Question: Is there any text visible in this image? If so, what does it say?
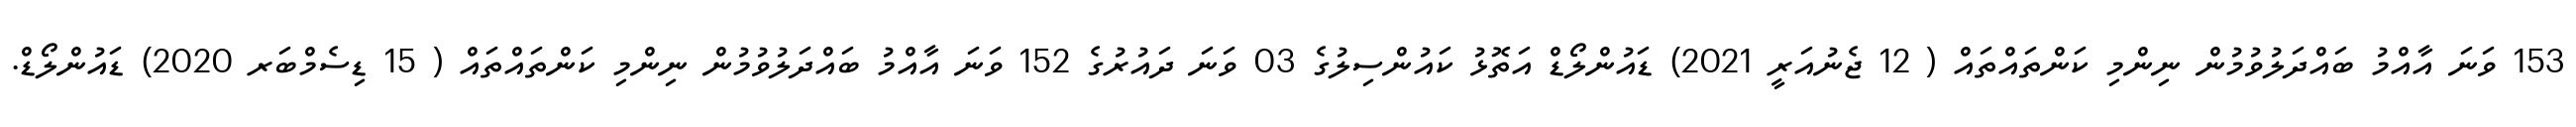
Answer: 153 ވަނަ އާއްމު ބައްދަލުވުމުން ނިންމި ކަންތައްތައް ( 12 ޖެނުއަރީ 2021) ޑައުންލޯޑް އަތޮޅު ކައުންސިލުގެ 03 ވަނަ ދައުރުގެ 152 ވަނަ އާއްމު ބައްދަލުވުމުން ނިންމި ކަންތައްތައް ( 15 ޑިސެމްބަރ 2020) ޑައުންލޯޑް.